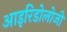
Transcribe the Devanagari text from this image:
आइरिडोलोजी